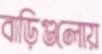
বাড়িগুলোয়